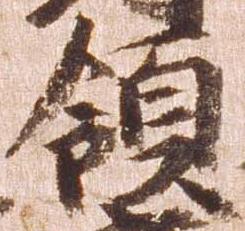
領